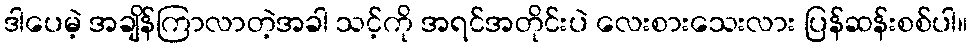
ဒါပေမဲ့ အချိန်ကြာလာတဲ့အခါ သင့်ကို အရင်အတိုင်းပဲ လေးစားသေးလား ပြန်ဆန်းစစ်ပါ။